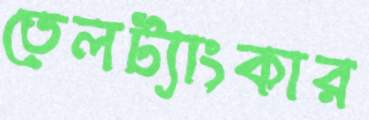
তেলট্যাংকার